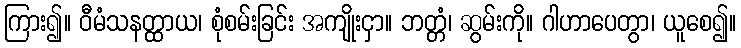
ကြား၍။ ဝီမံသနတ္ထာယ၊ စုံစမ်းခြင်း အကျိုးငှာ။ ဘတ္တံ၊ ဆွမ်းကို။ ဂါဟာပေတွာ၊ ယူစေ၍။